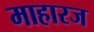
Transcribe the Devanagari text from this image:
माहारज